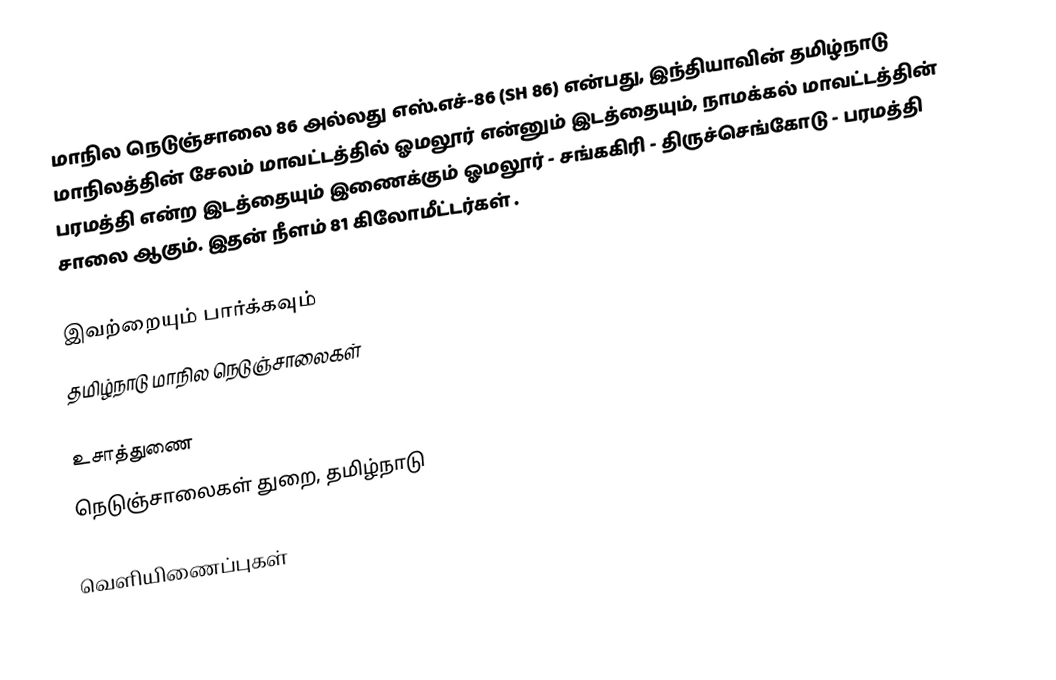
மாநில நெடுஞ்சாலை 86 அல்லது எஸ்.எச்-86 (SH 86) என்பது, இந்தியாவின் தமிழ்நாடு மாநிலத்தின் சேலம் மாவட்டத்தில் ஓமலூர் என்னும் இடத்தையும், நாமக்கல் மாவட்டத்தின் பரமத்தி என்ற இடத்தையும் இணைக்கும் ஓமலூர் - சங்ககிரி - திருச்செங்கோடு - பரமத்தி சாலை ஆகும். இதன் நீளம் 81  கிலோமீட்டர்கள் .

இவற்றையும் பார்க்கவும்
 தமிழ்நாடு மாநில நெடுஞ்சாலைகள்

உசாத்துணை
 நெடுஞ்சாலைகள் துறை, தமிழ்நாடு

வெளியிணைப்புகள்